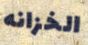
الخزانه